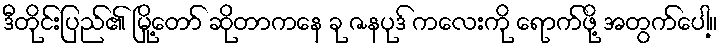
ဒီတိုင်းပြည်၏ မြို့တော် ဆိုတာကနေ ခု ဇနပုဒ် ကလေးကို ရောက်ဖို့ အတွက်ပေါ့။